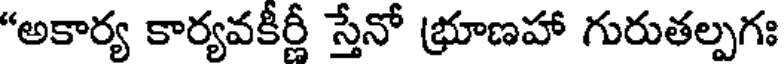
"అకార్య కార్యవకీర్లీ స్తేనో భ్రూణహా గురుతల్పగః